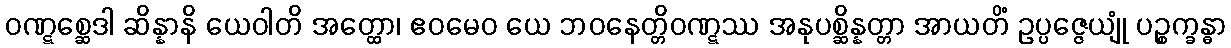
ဝဏ္ဋစ္ဆေဒါ ဆိန္နာနိ ယေဝါတိ အတ္ထော၊ ဧဝမေဝ ယေ ဘဝနေတ္တိဝဏ္ဋဿ အနုပစ္ဆိန္နတ္တာ အာယတိံ ဥပ္ပဇ္ဇေယျုံ ပဉ္စက္ခန္ဓာ